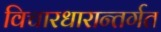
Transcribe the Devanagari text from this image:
विचारधारान्तर्गत